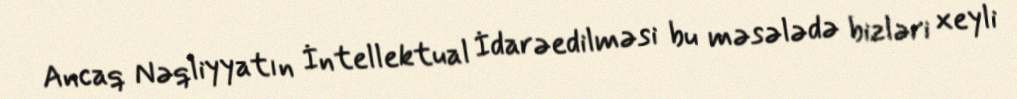
Ancaq Nəqliyyatın İntellektual İdarəedilməsi bu məsələdə bizləri xeyli